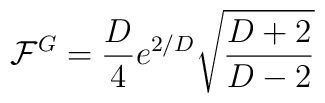
\mathcal{F}^{G}=\frac{D}{4}e^{2/D}\sqrt{\frac{D+2}{D-2}}